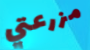
مزرعتي